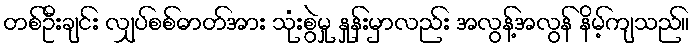
တစ်ဦးချင်း လျှပ်စစ်ဓာတ်အား သုံးစွဲမှု နှုန်းမှာလည်း အလွန့်အလွန် နိမ့်ကျသည်။